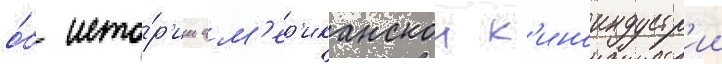
о́б исто́р'ии ам'ер'иканскои к'иноиндустр'ии